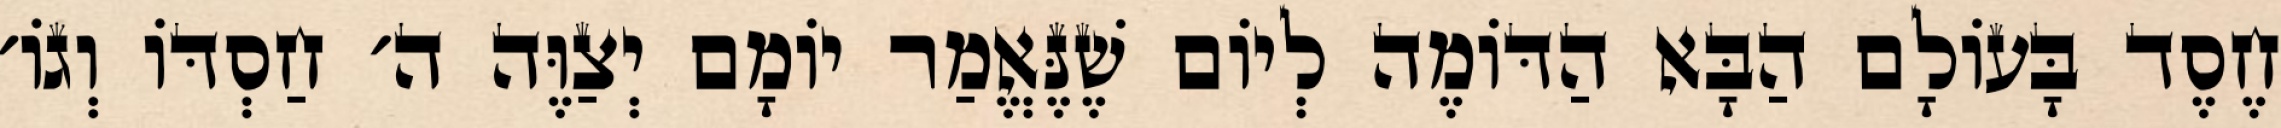
חֶסֶד בָּעוֹלָם הַבָּא הַדּוֹמֶה לְיוֹם שֶׁנֶּאֱמַר יוֹמָם יְצַוֶּה ה׳ חַסְדּוֹ וְגוֹ׳